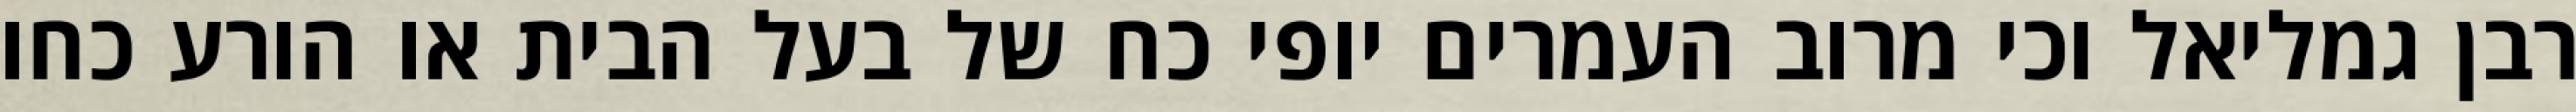
רבן גמליאל וכי מרוב העמרים יופי כח של בעל הבית או הורע כחו